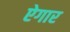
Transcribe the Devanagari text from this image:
ऐगार